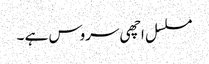
مسلسل اچھی سروس ہے ۔